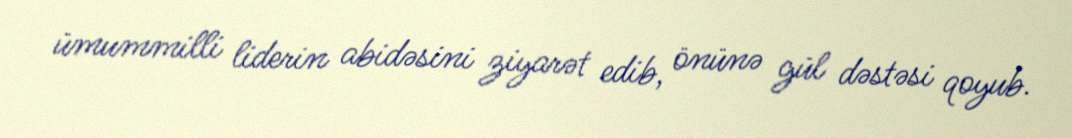
ümummilli liderin abidəsini ziyarət edib, önünə gül dəstəsi qoyub.